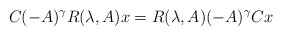
\begin{align*}C(-A)^\gamma R(\lambda,A)x =R(\lambda,A)(-A)^\gamma Cx\end{align*}